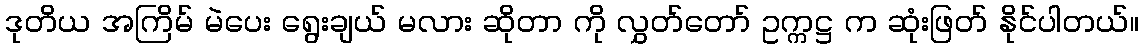
ဒုတိယ အကြိမ် မဲပေး ရွေးချယ် မလား ဆိုတာ ကို လွှတ်တော် ဥက္ကဋ္ဌ က ဆုံးဖြတ် နိုင်ပါတယ်။